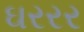
ઘરરર